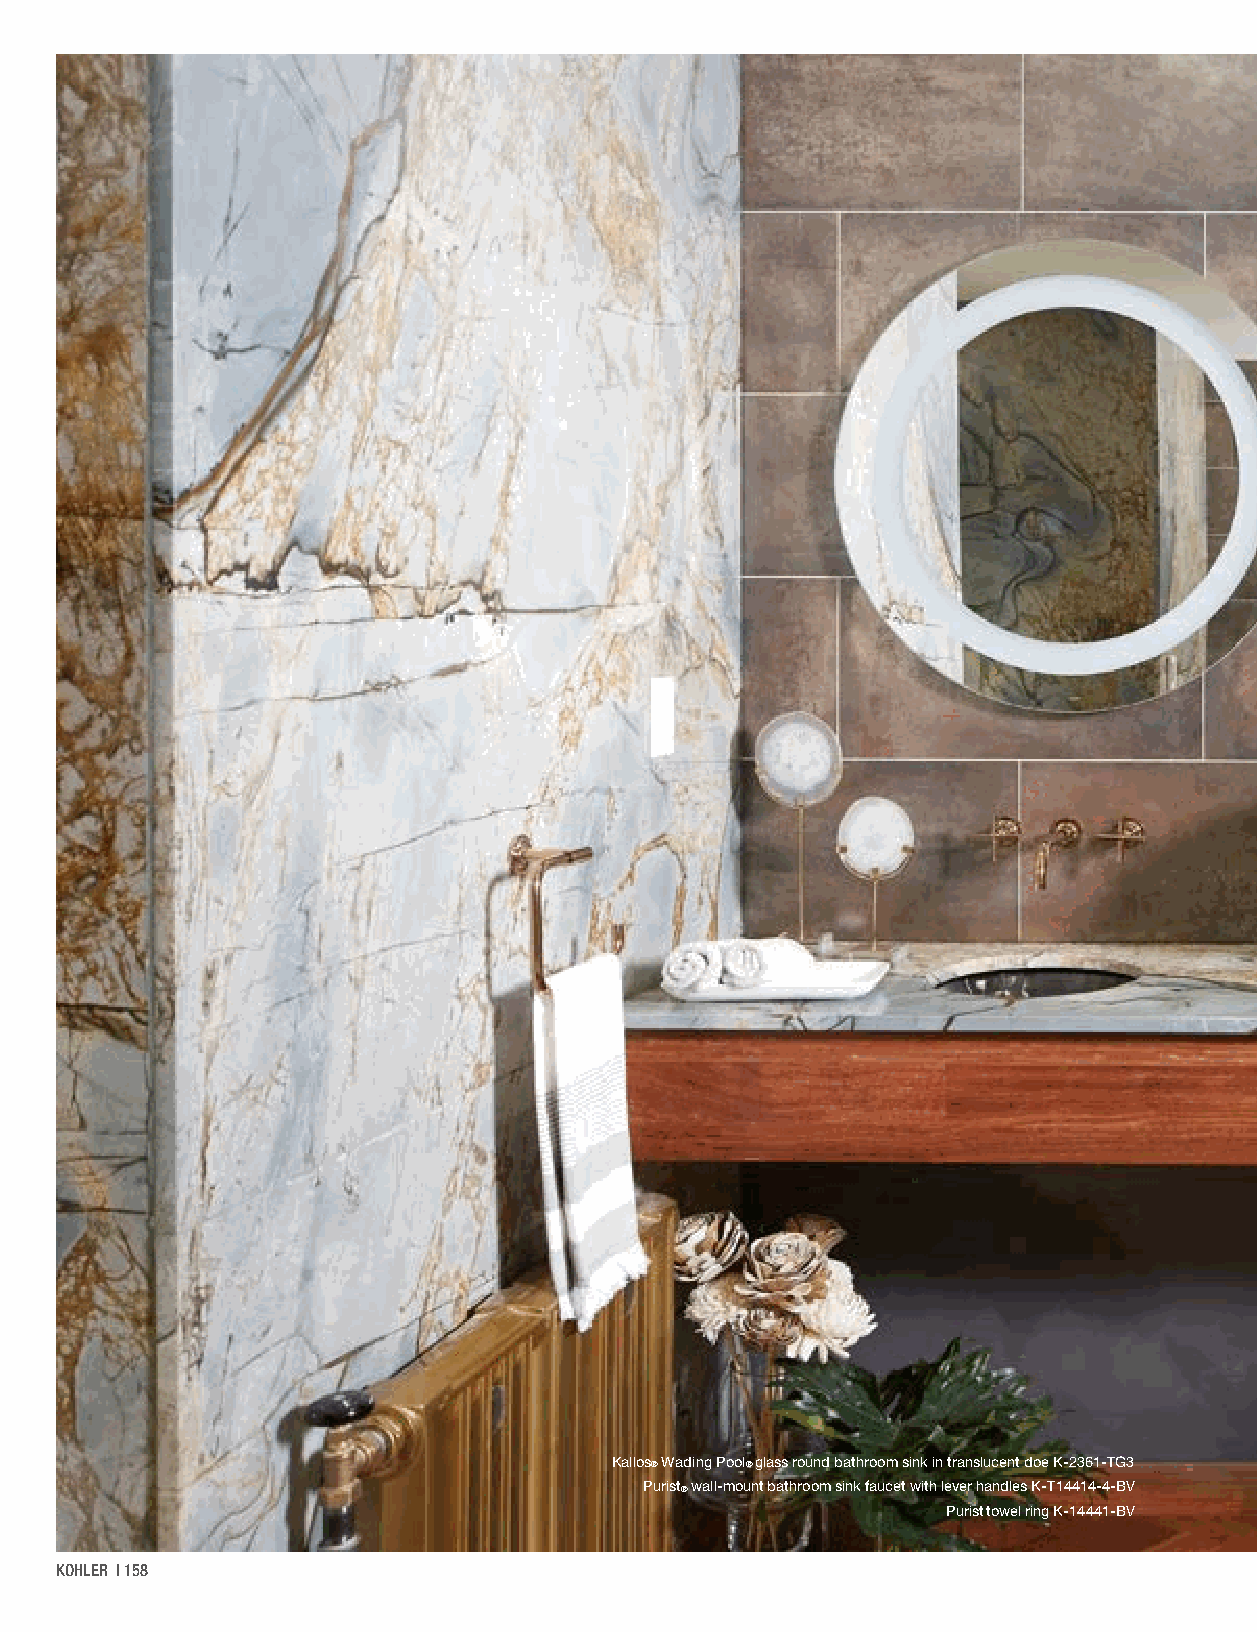
Kallos® Wading Pool® glass round bathroom sink in translucent doe K-2361-TG3
 Purist® wall-mount bathroom sink faucet with lever handles K-T14414-4-BV
 Purist towel ring K-14441-BV
 KOHLER | 158